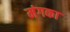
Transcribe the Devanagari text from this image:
मंगका